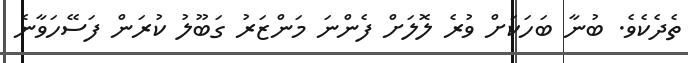
ތެދެކެވެ. ބުނާ ބަހަކަށް ވުރެ ލޮލަށް ފެންނަ މަންޒަރު ގަބޫލު ކުރަން ފަސޭހަވާނެ